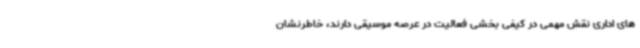
های اداری نقش مهمی در کیفی بخشی فعالیت در عرصه موسیقی دارند، خاطرنشان